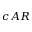
c A R